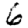
Digit: 6